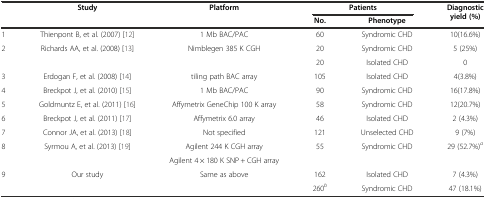
<table><thead><tr><td rowspan="2"></td><td rowspan="2"><b>Study</b></td><td rowspan="2"><b>Platform</b></td><td colspan="2"><b>Patients</b></td><td rowspan="2"><b>Diagnostic yield (%)</b></td></tr><tr><td><b>No.</b></td><td><b>Phenotype</b></td></tr></thead><tbody><tr><td>1</td><td>Thienpont B, et al. (2007)[12]</td><td>1 Mb BAC/PAC</td><td>60</td><td>Syndromic CHD</td><td>10(16.6%)</td></tr><tr><td rowspan="2">2</td><td rowspan="2">Richards AA, et al. (2008)[13]</td><td rowspan="2">Nimblegen 385 K CGH</td><td>20</td><td>Syndromic CHD</td><td>5 (25%)</td></tr><tr><td>20</td><td>Isolated CHD</td><td>0</td></tr><tr><td>3</td><td>Erdogan F, et al. (2008)[14]</td><td>tiling path BAC array</td><td>105</td><td>Isolated CHD</td><td>4(3.8%)</td></tr><tr><td>4</td><td>Breckpot J, et al. (2010)[15]</td><td>1 Mb BAC/PAC</td><td>90</td><td>Syndromic CHD</td><td>16(17.8%)</td></tr><tr><td>5</td><td>Goldmuntz E, et al. (2011)[16]</td><td>Affymetrix GeneChip 100 K array</td><td>58</td><td>Syndromic CHD</td><td>12(20.7%)</td></tr><tr><td>6</td><td>Breckpot J, et al. (2011)[17]</td><td>Affymetrix 6.0 array</td><td>46</td><td>Isolated CHD</td><td>2 (4.3%)</td></tr><tr><td>7</td><td>Connor JA, et al. (2013)[18]</td><td>Not specified</td><td>121</td><td>Unselected CHD</td><td>9 (7%)</td></tr><tr><td rowspan="2">8</td><td rowspan="2">Syrmou A, et al. (2013)[19]</td><td>Agilent 244 K CGH array</td><td rowspan="2">55</td><td rowspan="2">Syndromic CHD</td><td rowspan="2">29 (52.7%)<sup><i>a</i></sup></td></tr><tr><td>Agilent 4 × 180 K SNP + CGH array</td></tr><tr><td rowspan="2">9</td><td rowspan="2">Our study</td><td rowspan="2">Same as above</td><td>162</td><td>Isolated CHD</td><td>7 (4.3%)</td></tr><tr><td>260<sup><i>b</i></sup></td><td>Syndromic CHD</td><td>47 (18.1%)</td></tr></tbody></table>